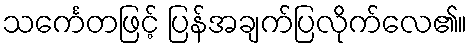
သင်္ကေတဖြင့် ပြန်အချက်ပြလိုက်လေ၏။